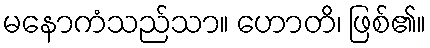
မနောကံသည်သာ။ ဟောတိ၊ ဖြစ်၏။